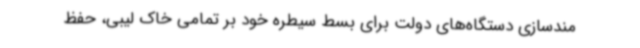
مندسازی دستگاه‌های دولت برای بسط سیطره خود بر تمامی خاک لیبی، حفظ